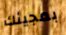
بمجيئك